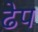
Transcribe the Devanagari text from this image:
ढेप